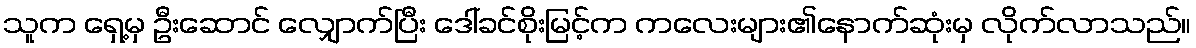
သူက ရှေ့မှ ဦးဆောင် လျှောက်ပြီး ဒေါ်ခင်စိုးမြင့်က ကလေးများ၏နောက်ဆုံးမှ လိုက်လာသည်။